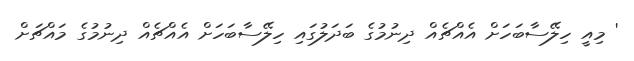
' މިއީ ހިލޭސާބަހަށް އެއްޗެއް ދިނުމުގެ ބަދަލުގައި ހިލޭސާބަހަށް އެއްޗެއް ދިނުމުގެ މައްޗަށް